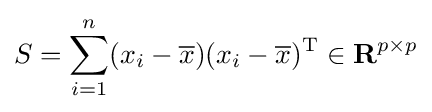
S=\sum _{i=1}^{n}(x_{i}-{\overline {x}})(x_{i}-{\overline {x}})^{\mathrm {T} }\in \mathbf {R} ^{p\times p}